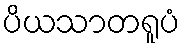
ပိယသာတရူပံ